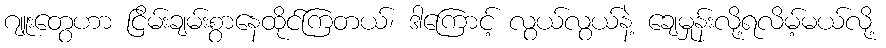
ဂျူးတွေဟာ ငြိမ်းချမ်းစွာနေထိုင်ကြတယ်၊ ဒါကြောင့် လွယ်လွယ်နဲ့ ချေမှုန်းလို့ရလိမ့်မယ်လို့